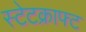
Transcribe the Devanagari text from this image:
स्टेटक्राफ्ट